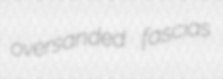
oversanded fascias